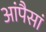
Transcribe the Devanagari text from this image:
आंपैसां